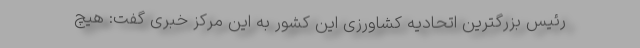
رئیس بزرگترین اتحادیه کشاورزی این کشور به این مرکز خبری گفت: هیچ